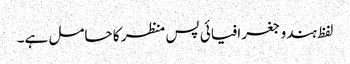
لفظ ہندو جغرافیائی پس منظر کا حامل ہے۔